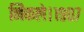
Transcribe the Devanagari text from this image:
निकले।१९०७